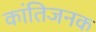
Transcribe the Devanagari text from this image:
कांतिजनक